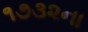
૧૭૩૨ના